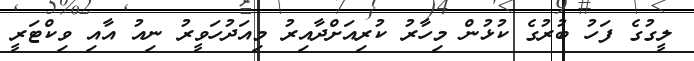
ލީގުގެ ފަހު ބުރުގެ ކުޅުން މިހާރު ކުރިއަށްދާއިރު މިއަދުހަވީރު ނިއު އާއި ވިކްޓަރީ